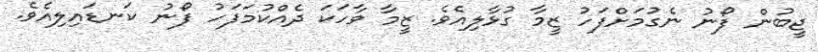
ޖީބުން ފޯނު ނެގުމަށްފަހު ޒީމާ ގުޅާލިއެވެ. ޒީމާ ވާހަކަ ދެއްކުމަފަހު ފޯނު ކަނޑައިލިއެވެ.